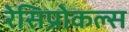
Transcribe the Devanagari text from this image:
रेसिप्रोकल्स